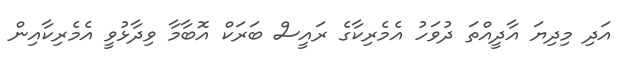
އަދި މިދިޔަ އާދީއްތަ ދުވަހު އެމެރިކާގެ ރައީސް ބަރަކް އޮބާމާ ވިދާޅުވީ އެމެރިކާއިން